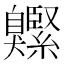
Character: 𦤱